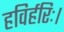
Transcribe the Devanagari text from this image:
हविर्हरिः।